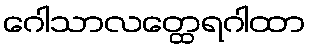
ဂေါသာလတ္ထေရဂါထာ